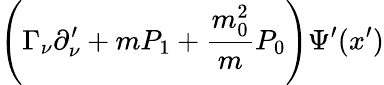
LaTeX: \left(\Gamma_{\nu}\partial_{\nu}^{\prime}+mP_{1}+\frac{m_{0}^{2}}{m}P_{0}\right)\Psi^{\prime}(x^{\prime})